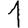
Digit: 1